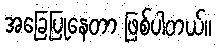
အခြေပြုနေတာ ဖြစ်ပါတယ်။